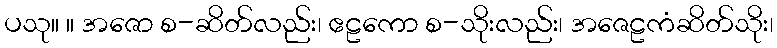
ပသု။ ။ အဇော စ-ဆိတ်လည်း၊ ဧဠကော စ-သိုးလည်း၊ အဇေဠကံဆိတ်သိုး၊